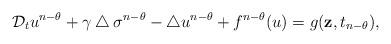
LaTeX: \begin{align*}\mathcal{D}_tu^{n-\theta}+\gamma\bigtriangleup \sigma^{n-\theta}-\bigtriangleup u^{n-\theta}+f^{n-\theta}(u)=g(\textbf{z},t_{n-\theta}),\end{align*}